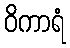
ဝိကာရံ